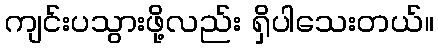
ကျင်းပသွားဖို့လည်း ရှိပါသေးတယ်။